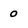
Character: 0